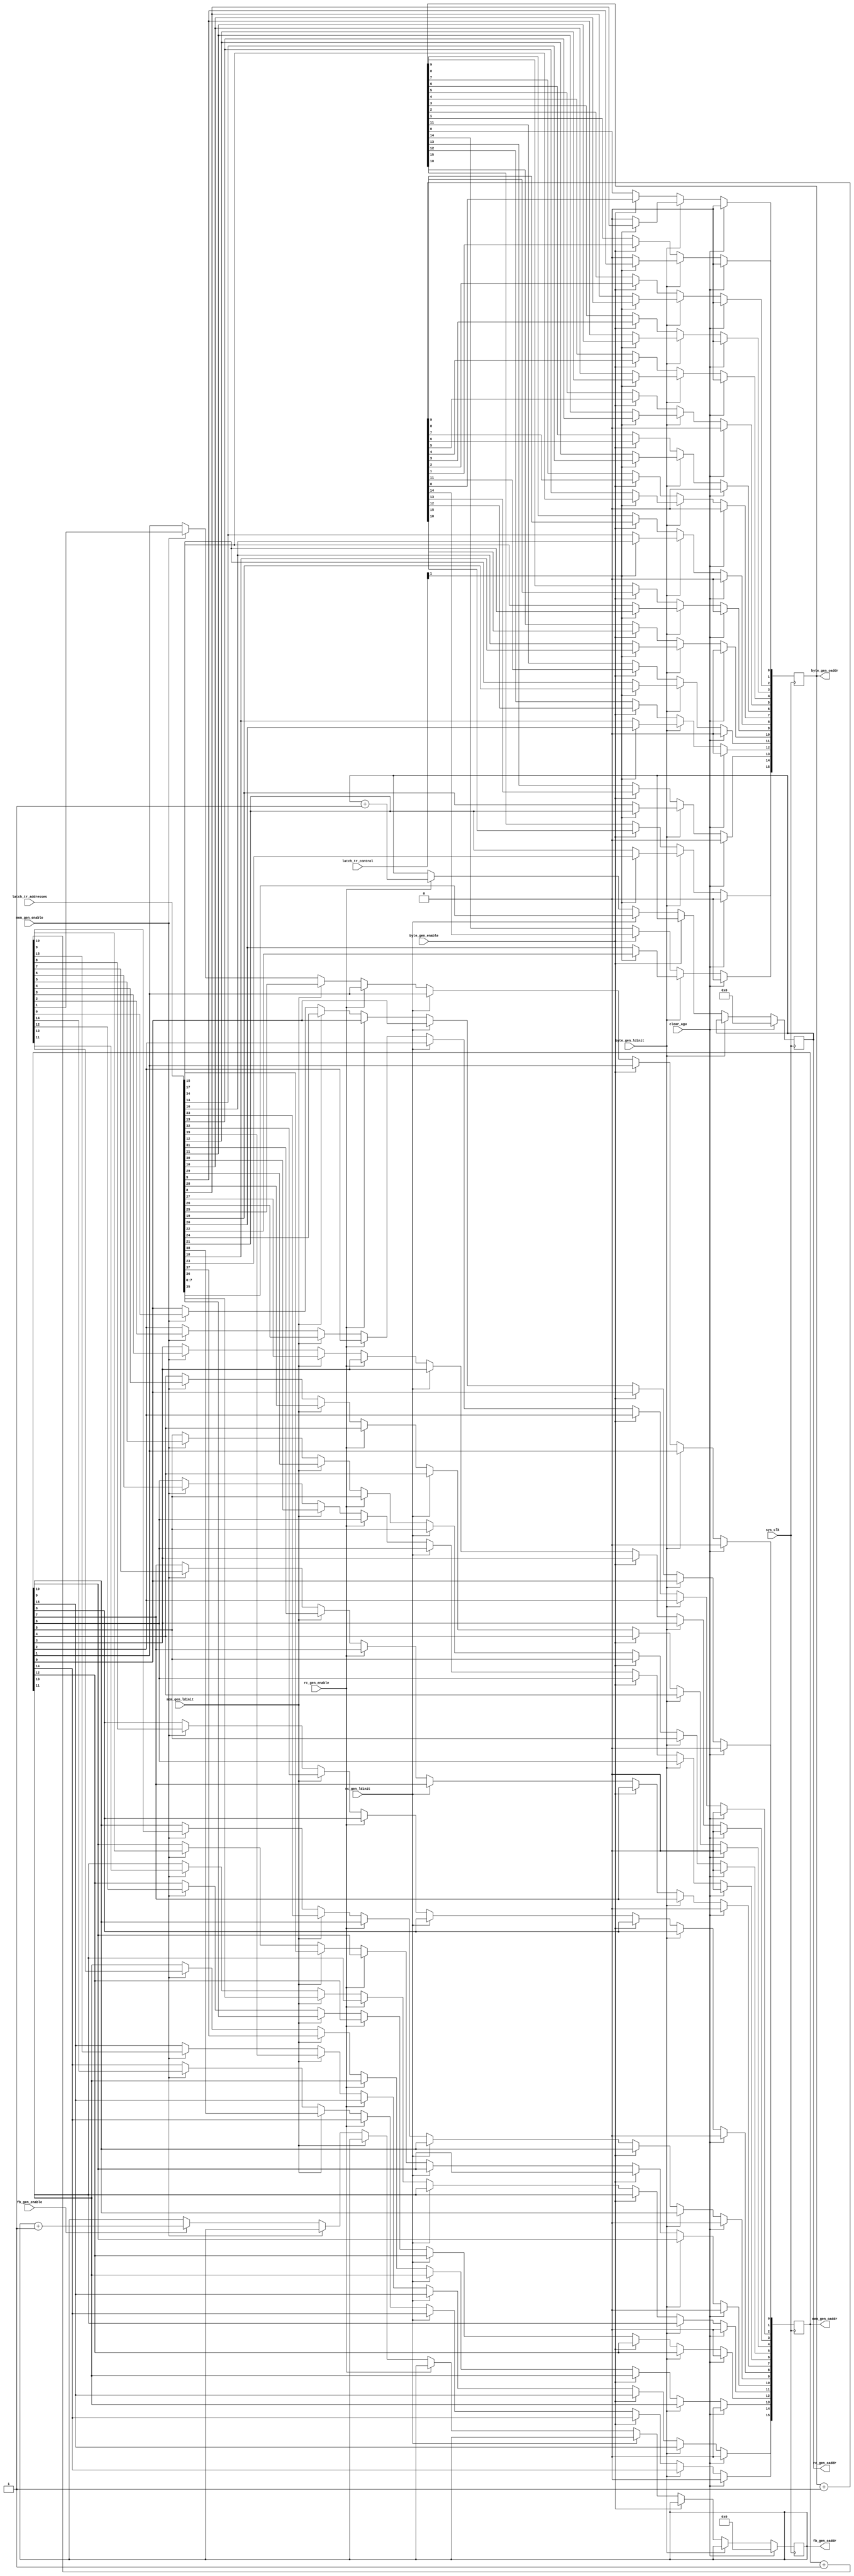
module
    AGU( mem_gen_oaddr, byte_gen_oaddr, fb_gen_oaddr, rc_gen_oaddr,
                latch_tr_addresses, latch_tr_control, mem_gen_ldinit, 
                mem_gen_enable, byte_gen_ldinit, byte_gen_enable, 
                fb_gen_enable, rc_gen_ldinit, rc_gen_enable, sys_clk, clear_agu);

    input           clear_agu, sys_clk; 
    input[39:0]     latch_tr_addresses;  
    input[3:0]      latch_tr_control;   
    input           mem_gen_ldinit, mem_gen_enable, byte_gen_ldinit;  
    input           byte_gen_enable, fb_gen_enable, rc_gen_ldinit;  
    input           rc_gen_enable;   
    output[15:0]    mem_gen_oaddr;   
    output[15:0]    byte_gen_oaddr;   
    output[5:0]     fb_gen_oaddr;   
    output[7:0]     rc_gen_oaddr;   
    wire[39:0]      latch_tr_addresses; 
    wire[3:0]       latch_tr_control;   
    wire            clear_agu,sys_clk; 
    wire            mem_gen_ldinit, mem_gen_enable; 
    wire            byte_gen_ldinit, byte_gen_enable; 
    wire            fb_gen_ldinit, fb_gen_enable;
    wire            rc_gen_ldinit, rc_gen_enable; 
    reg[15:0]       mem_gen_oaddr;   
    reg[15:0]       byte_gen_oaddr;   
    reg[5:0]        fb_gen_oaddr;   
    reg[7:0]        rc_gen_oaddr;   
    integer         i;   

    always@(posedge sys_clk)    
        if(clear_agu == 1)     
            begin     
                for( i=0; i<16; i=i+1)      
                    begin      
                        mem_gen_oaddr[i] = 0;      
                        byte_gen_oaddr[i] = 0;      
                    end      
                rc_gen_oaddr <= 8'b00000000;      
                fb_gen_oaddr <= 6'b000000;     
            end    
        else 
            if(byte_gen_ldinit == 1)      
                if(latch_tr_control[1] == 1)      
                    byte_gen_oaddr <= latch_tr_addresses[23:8];      
                else        
                    byte_gen_oaddr[15:0] <= {latch_tr_addresses[21:8], 2'b00};
            else if(byte_gen_enable == 1) 
                byte_gen_oaddr <= byte_gen_oaddr + 15'b000_0000_0000_0001;     
            else if(rc_gen_ldinit == 1)      
                rc_gen_oaddr <= latch_tr_addresses[7:0];     
            else if(rc_gen_enable == 1)      
                rc_gen_oaddr <= rc_gen_oaddr + 8'b0000_0001;     
            else if(mem_gen_ldinit == 1)      
                mem_gen_oaddr <= latch_tr_addresses[39:24];     
            else if(mem_gen_enable == 1) 
                mem_gen_oaddr <= mem_gen_oaddr + 15'b000_0000_0000_0001;     
            else if(fb_gen_enable == 1)                
                fb_gen_oaddr <= fb_gen_oaddr + 6'b000001; 
endmodule